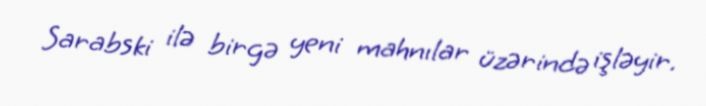
Sarabski ilə birgə yeni mahnılar üzərində işləyir.